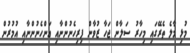
މުޅި މާލެ ތެރޭގައި މިހާރު ސަލާން ޖަހާ ޒުވާން ފިރިހެނުންނާއި އަންހެނުންނާއި އުމުރުން